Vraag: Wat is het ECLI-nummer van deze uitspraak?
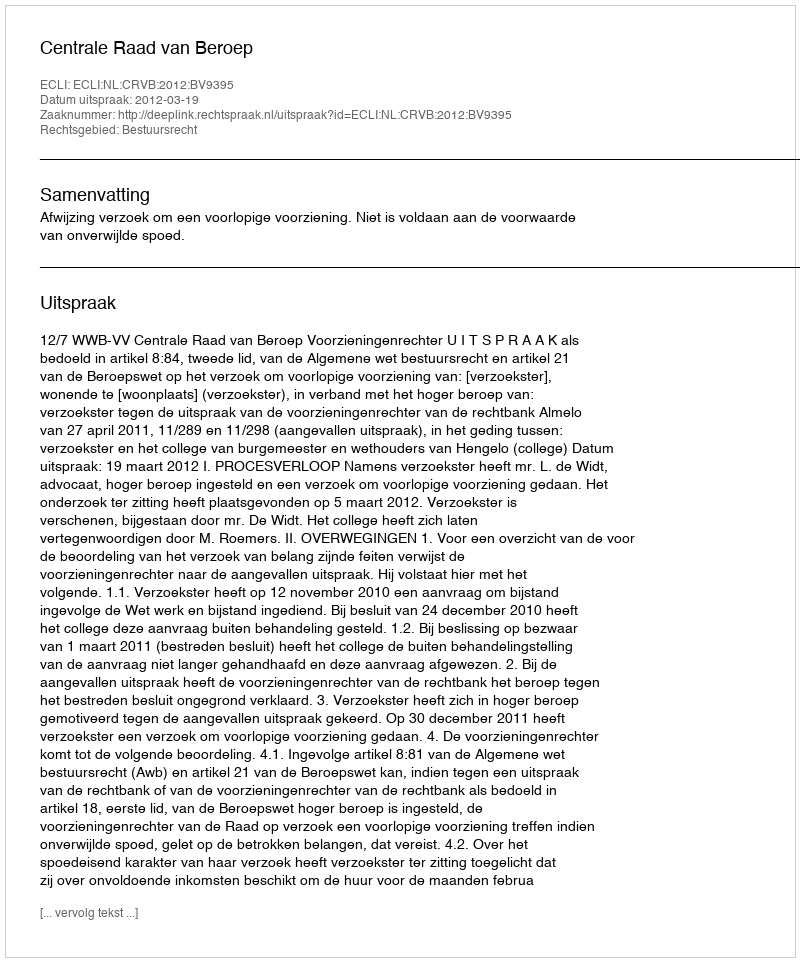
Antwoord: ECLI:NL:CRVB:2012:BV9395